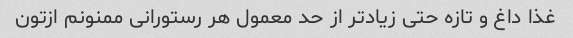
غذا داغ و تازه حتی زیاد‌تر از حد معمول هر رستورانی ممنونم ازتون